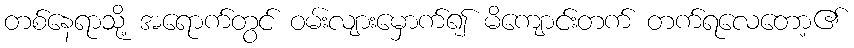
တစ်နေရာသို့ အရောက်တွင် ဝမ်းလျားမှောက်၍ မိကျောင်းတက် တက်ရလေတော့၏